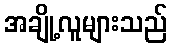
အချို့လူများသည်